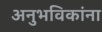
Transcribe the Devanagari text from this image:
अनुभविकांना